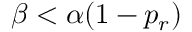
\beta < \alpha ( 1 - p _ { r } )